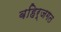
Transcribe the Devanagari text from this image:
बहिर्जगत